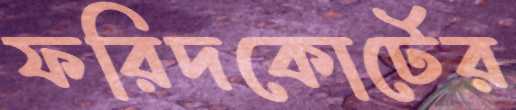
ফরিদকোর্টের